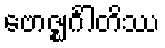
ဗောဇ္ဈင်္ဂါတိဿ